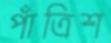
পাঁত্রিশ